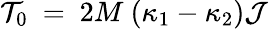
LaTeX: {\cal T}_{0}~=~2M~(\kappa_{1}-\kappa_{2}){\cal J}